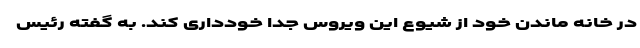
در خانه ماندن خود از شیوع این ویروس جدا خودداری کند. به گفته رئیس